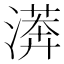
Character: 𣾘